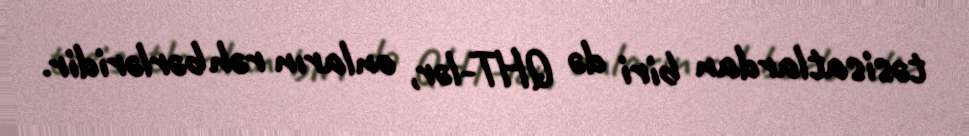
təsisatlardan biri də QHT-lər, onların rəhbərləridir.